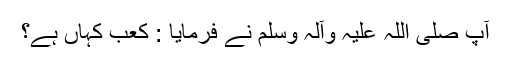
آپ صلی اللہ علیہ وآلہ وسلم نے فرمایا : کعب کہاں ہے؟